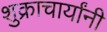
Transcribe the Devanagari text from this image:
शुक्राचार्यांनी